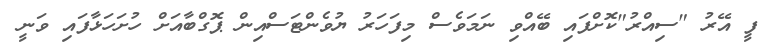
ފީ އޭރު "ސިއްރު"ކޮށްފައި ބޭއްވި ނަމަވެސް މިފަހަރު ޔުވެންޓަސްއިން ޕޮގްބާއަށް ހުށަހަޅާފައި ވަނީ